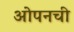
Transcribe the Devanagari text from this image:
ओपनची